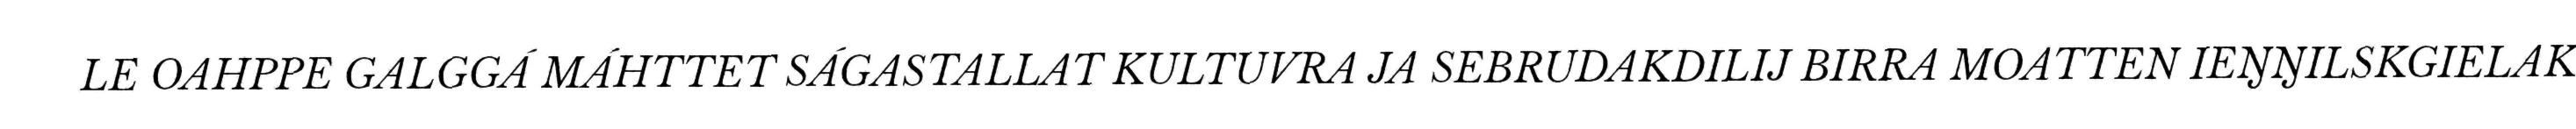
LE OAHPPE GALGGÁ MÁHTTET SÁGASTALLAT KULTUVRA JA SEBRUDAKDILIJ BIRRA MOATTEN IEŊŊILSKGIELAK